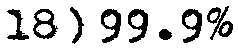
18) 99.9%